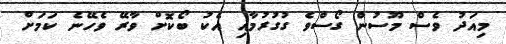
މިއަދު ވެސް މޫސުން ގޯސްވެ ގުގުރުމާއި އެކު ބޯކޮށް ވާރޭ ވެހޭނެ ކަމަށް